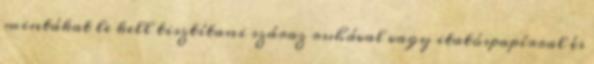
mintákat le kell tisztítani száraz ruhával vagy itatóspapírral és